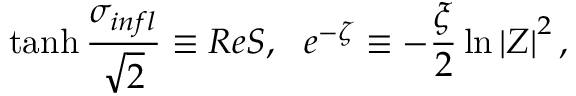
\operatorname { t a n h } \frac { \sigma _ { i n f l } } { \sqrt { 2 } } \equiv R e S , \ \ e ^ { - \zeta } \equiv - \frac { \xi } { 2 } \ln \left| Z \right| ^ { 2 } ,